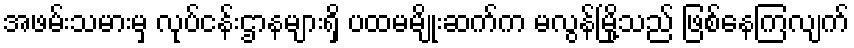
အဖမ်းသမားမှ လုပ်ငန်းဌာနများရှိ ပထမမျိုးဆက်က မလွန်မြို့သည် ဖြစ်နေကြလျက်